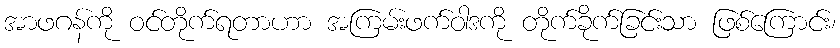
အာဖဂန်ကို ဝင်တိုက်ရတာဟာ အကြမ်းဖက်ဝါဒကို တိုက်ခိုက်ခြင်းသာ ဖြစ်ကြောင်း၊